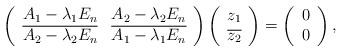
LaTeX: \begin{align*}\left(\begin{array}{cc}A_1-\lambda_1 E_n &A_2-\lambda_2 E_n \\\overline{A_2-\lambda_2 E_n}&\overline{A_1-\lambda_1 E_n} \\\end{array}\right)\left(\begin{array}{c}z_1 \\\overline{z_2} \\\end{array}\right)=\left(\begin{array}{c}0 \\0 \\\end{array}\right),\end{align*}